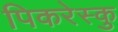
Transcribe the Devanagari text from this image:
पिकरेस्कु